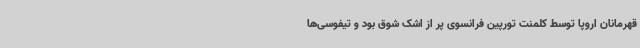
قهرمانان اروپا توسط کلمنت تورپین فرانسوی پر از اشک شوق بود و تیفوسی‌ها